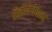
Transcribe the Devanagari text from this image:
डिमेंटियेवाला